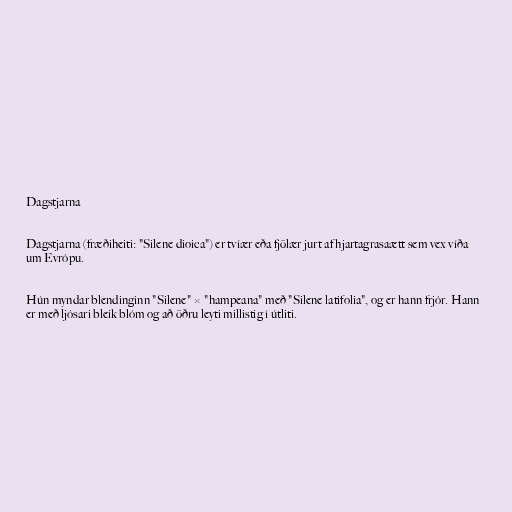
Dagstjarna

Dagstjarna (fræðiheiti: "Silene dioica") er tvíær eða fjölær jurt af hjartagrasaætt sem vex víða
um Evrópu.

Hún myndar blendinginn "Silene" × "hampeana" með "Silene latifolia", og er hann frjór. Hann
er með ljósari bleik blóm og að öðru leyti millistig í útliti.